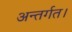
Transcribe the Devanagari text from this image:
अन्तर्गत।